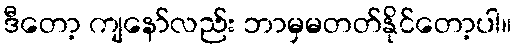
ဒီတော့ ကျနော်လည်း ဘာမှမတတ်နိုင်တော့ပါ။